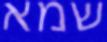
שמא